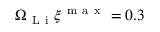
\Omega _ { \mathrm { ~ L ~ i ~ } } \xi ^ { \mathrm { ~ m ~ a ~ x ~ } } = 0 . 3